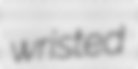
wristed